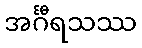
အင်္ဂီရသဿ